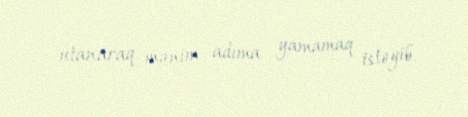
utanaraq mənim adıma yamamaq istəyib.